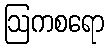
ဩကစရော